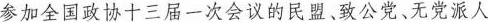
参加全国政协十三届一次会议的民盟、致公党、无党派人